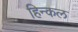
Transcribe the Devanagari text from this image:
हिन्कल